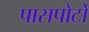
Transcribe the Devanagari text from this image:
पासपोर्टों